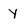
Character: y